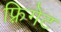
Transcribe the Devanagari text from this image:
फ़्रिगेट